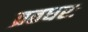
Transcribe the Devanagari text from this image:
व्रतधरः